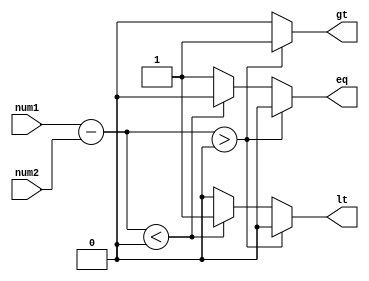
module magnitude_comparator(
    input [31:0] num1, // First input number
    input [31:0] num2, // Second input number
    output reg gt,     // Greater than output signal
    output reg lt,     // Less than output signal
    output reg eq      // Equal output signal
);

reg [31:0] diff; // Difference between the two input numbers

always @* begin
    diff = num1 - num2;
    
    if(diff > 0) begin
        gt = 1;
        lt = 0;
        eq = 0;
    end else if(diff < 0) begin
        gt = 0;
        lt = 1;
        eq = 0;
    end else begin
        gt = 0;
        lt = 0;
        eq = 1;
    end
end

endmodule